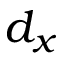
d _ { x }